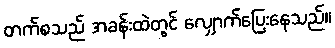
တက်စသည် အခန်းထဲတွင် လျှောက်ပြေးနေသည်။